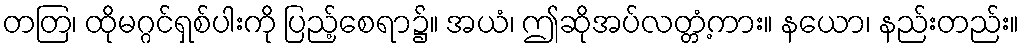
တတြ၊ ထိုမဂ္ဂင်ရှစ်ပါးကို ပြည့်စေရာ၌။ အယံ၊ ဤဆိုအပ်လတ္တံ့ကား။ နယော၊ နည်းတည်း။